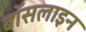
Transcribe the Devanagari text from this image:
बॉसलाइन